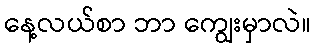
နေ့လယ်စာ ဘာ ကျွေးမှာလဲ။